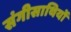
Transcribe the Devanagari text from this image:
संगीसाथियों